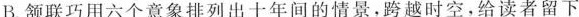
B.颔联巧用六个意象排列出十年间的情景，跨越时空，给读者留下